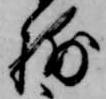
捕